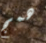
همج